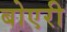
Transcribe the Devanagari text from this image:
बोएरी